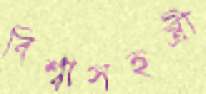
বিশ্বাসহন্ত্রী